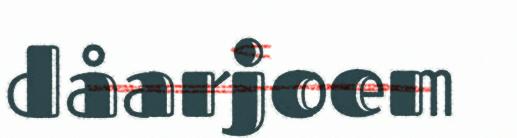
dåarjoem